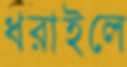
ধরাইলে